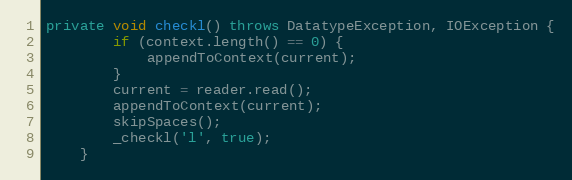
Language: Java
private void checkl() throws DatatypeException, IOException {
        if (context.length() == 0) {
            appendToContext(current);
        }
        current = reader.read();
        appendToContext(current);
        skipSpaces();
        _checkl('l', true);
    }